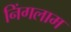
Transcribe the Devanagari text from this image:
निंगलाम